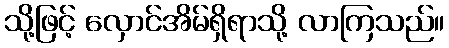
သို့ဖြင့် လှောင်အိမ်ရှိရာသို့ လာကြသည်။